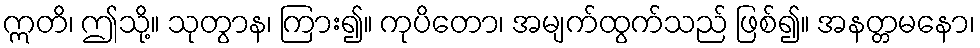
ဣတိ၊ ဤသို့။ သုတွာန၊ ကြား၍။ ကုပိတော၊ အမျက်ထွက်သည် ဖြစ်၍။ အနတ္တမနော၊